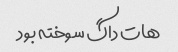
هات داگ سوخته بود